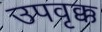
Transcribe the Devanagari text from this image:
उपवृक्क